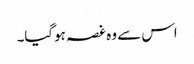
اس سے وہ غصہ ہوگیا۔